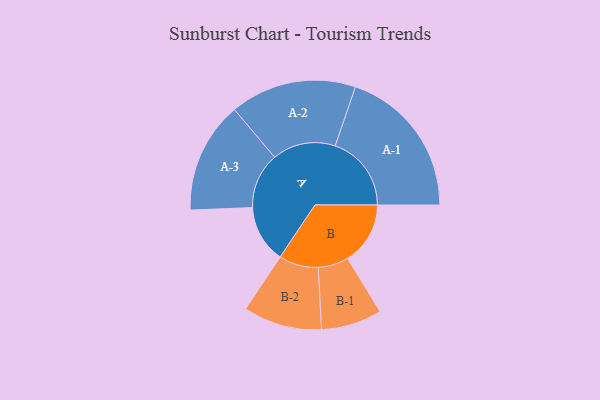
{"axis": {"x": "Segment", "y": "Value"}, "legend": ["", "A", "B"], "data": [{"x": "A", "y": 218, "type": ""}, {"x": "B", "y": 237, "type": ""}, {"x": "A-1", "y": 288, "type": "A"}, {"x": "A-2", "y": 239, "type": "A"}, {"x": "A-3", "y": 211, "type": "A"}, {"x": "B-1", "y": 115, "type": "B"}, {"x": "B-2", "y": 149, "type": "B"}]}